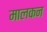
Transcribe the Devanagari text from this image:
मालकन